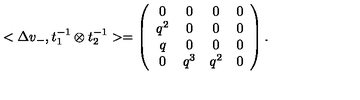
< \Delta v _ { - } , t _ { 1 } ^ { - 1 } \otimes t _ { 2 } ^ { - 1 } > = \left( \begin{array} { c c c c } { 0 } & { 0 } & { 0 } & { 0 } \\ { q ^ { 2 } } & { 0 } & { 0 } & { 0 } \\ { q } & { 0 } & { 0 } & { 0 } \\ { 0 } & { q ^ { 3 } } & { q ^ { 2 } } & { 0 } \\ \end{array} \right) .